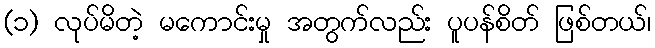
(၁) လုပ်မိတဲ့ မကောင်းမှု အတွက်လည်း ပူပန်စိတ် ဖြစ်တယ်၊